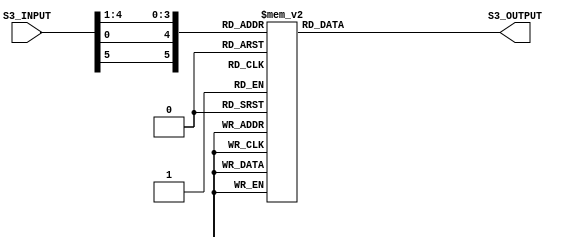
`timescale 1ns / 1ps
//////////////////////////////////////////////////////////////////////////////////
// Company: 
// Engineer: 
// 
// Design Name: 
// Module Name:    Sbox_Rom3 
// Project Name: 
// Target Devices: 
// Tool versions: 
// Description: 
//
// Dependencies: 
//
// Revision: 
// Revision 0.01 - File Created
// Additional Comments: 
//
//////////////////////////////////////////////////////////////////////////////////

module Sbox_Rom3(S3_INPUT , S3_OUTPUT);
input [6 : 1] S3_INPUT ;
 
output [3 : 0] S3_OUTPUT;
wire [6 : 1] S3_INPUT;
reg [3 : 0] S3_OUTPUT;
wire [6 : 1] S3_SELECT;
assign S3_SELECT = {S3_INPUT[6],S3_INPUT[1],S3_INPUT[5 : 2]};
always @(S3_SELECT)
begin
case(S3_SELECT)
6'b000000: S3_OUTPUT <= 4'hA;
6'b000001: S3_OUTPUT <= 4'h0;
6'b000010: S3_OUTPUT <= 4'h9;
6'b000011: S3_OUTPUT <= 4'hE;
6'b000100: S3_OUTPUT <= 4'h6;
6'b000101: S3_OUTPUT <= 4'h3;
6'b000110: S3_OUTPUT <= 4'hF;
6'b000111: S3_OUTPUT <= 4'h5;
6'b001000: S3_OUTPUT <= 4'h1;
6'b001001: S3_OUTPUT <= 4'hD;
6'b001010: S3_OUTPUT <= 4'hC;
6'b001011: S3_OUTPUT <= 4'h7;
6'b001100: S3_OUTPUT <= 4'hB;
6'b001101: S3_OUTPUT <= 4'h4;
6'b001110: S3_OUTPUT <= 4'h2;
6'b001111: S3_OUTPUT <= 4'h8;
6'b010000: S3_OUTPUT <= 4'hD;
6'b010001: S3_OUTPUT <= 4'h7;
6'b010010: S3_OUTPUT <= 4'h0;
6'b010011: S3_OUTPUT <= 4'h9;
6'b010100: S3_OUTPUT <= 4'h3;
6'b010101: S3_OUTPUT <= 4'h4;
6'b010110: S3_OUTPUT <= 4'h6;
6'b010111: S3_OUTPUT <= 4'hA;
6'b011000: S3_OUTPUT <= 4'h2;
6'b011001: S3_OUTPUT <= 4'h8;
6'b011010: S3_OUTPUT <= 4'h5;
6'b011011: S3_OUTPUT <= 4'hE;
6'b011100: S3_OUTPUT <= 4'hC;
6'b011101: S3_OUTPUT <= 4'hB;
6'b011110: S3_OUTPUT <= 4'hF;
6'b011111: S3_OUTPUT <= 4'h1;
6'b100000: S3_OUTPUT <= 4'hD;
 
6'b100001: S3_OUTPUT <= 4'h6;
6'b100010: S3_OUTPUT <= 4'h4;
6'b100011: S3_OUTPUT <= 4'h9;
6'b100100: S3_OUTPUT <= 4'h8;
6'b100101: S3_OUTPUT <= 4'hF;
6'b100110: S3_OUTPUT <= 4'h3;
6'b100111: S3_OUTPUT <= 4'h0;
6'b101000: S3_OUTPUT <= 4'hB;
6'b101001: S3_OUTPUT <= 4'h1;
6'b101010: S3_OUTPUT <= 4'h2;
6'b101011: S3_OUTPUT <= 4'hC;
6'b101100: S3_OUTPUT <= 4'h5;
6'b101101: S3_OUTPUT <= 4'hA;
6'b101110: S3_OUTPUT <= 4'hE;
6'b101111: S3_OUTPUT <= 4'h7;
6'b110000: S3_OUTPUT <= 4'h1;
6'b110001: S3_OUTPUT <= 4'hA;
6'b110010: S3_OUTPUT <= 4'hD;
6'b110011: S3_OUTPUT <= 4'h0;
6'b110100: S3_OUTPUT <= 4'h6;
6'b110101: S3_OUTPUT <= 4'h9;
6'b110110: S3_OUTPUT <= 4'h8;
6'b110111: S3_OUTPUT <= 4'h7;
6'b111000: S3_OUTPUT <= 4'h4;
6'b111001: S3_OUTPUT <= 4'hF;
 
6'b111010: S3_OUTPUT <= 4'hE;
6'b111011: S3_OUTPUT <= 4'h3;
6'b111100: S3_OUTPUT <= 4'hB;
6'b111101: S3_OUTPUT <= 4'h5;
6'b111110: S3_OUTPUT <= 4'h2;
6'b111111: S3_OUTPUT <= 4'hC;
default: S3_OUTPUT <= 4'h0;
endcase
end
endmodule